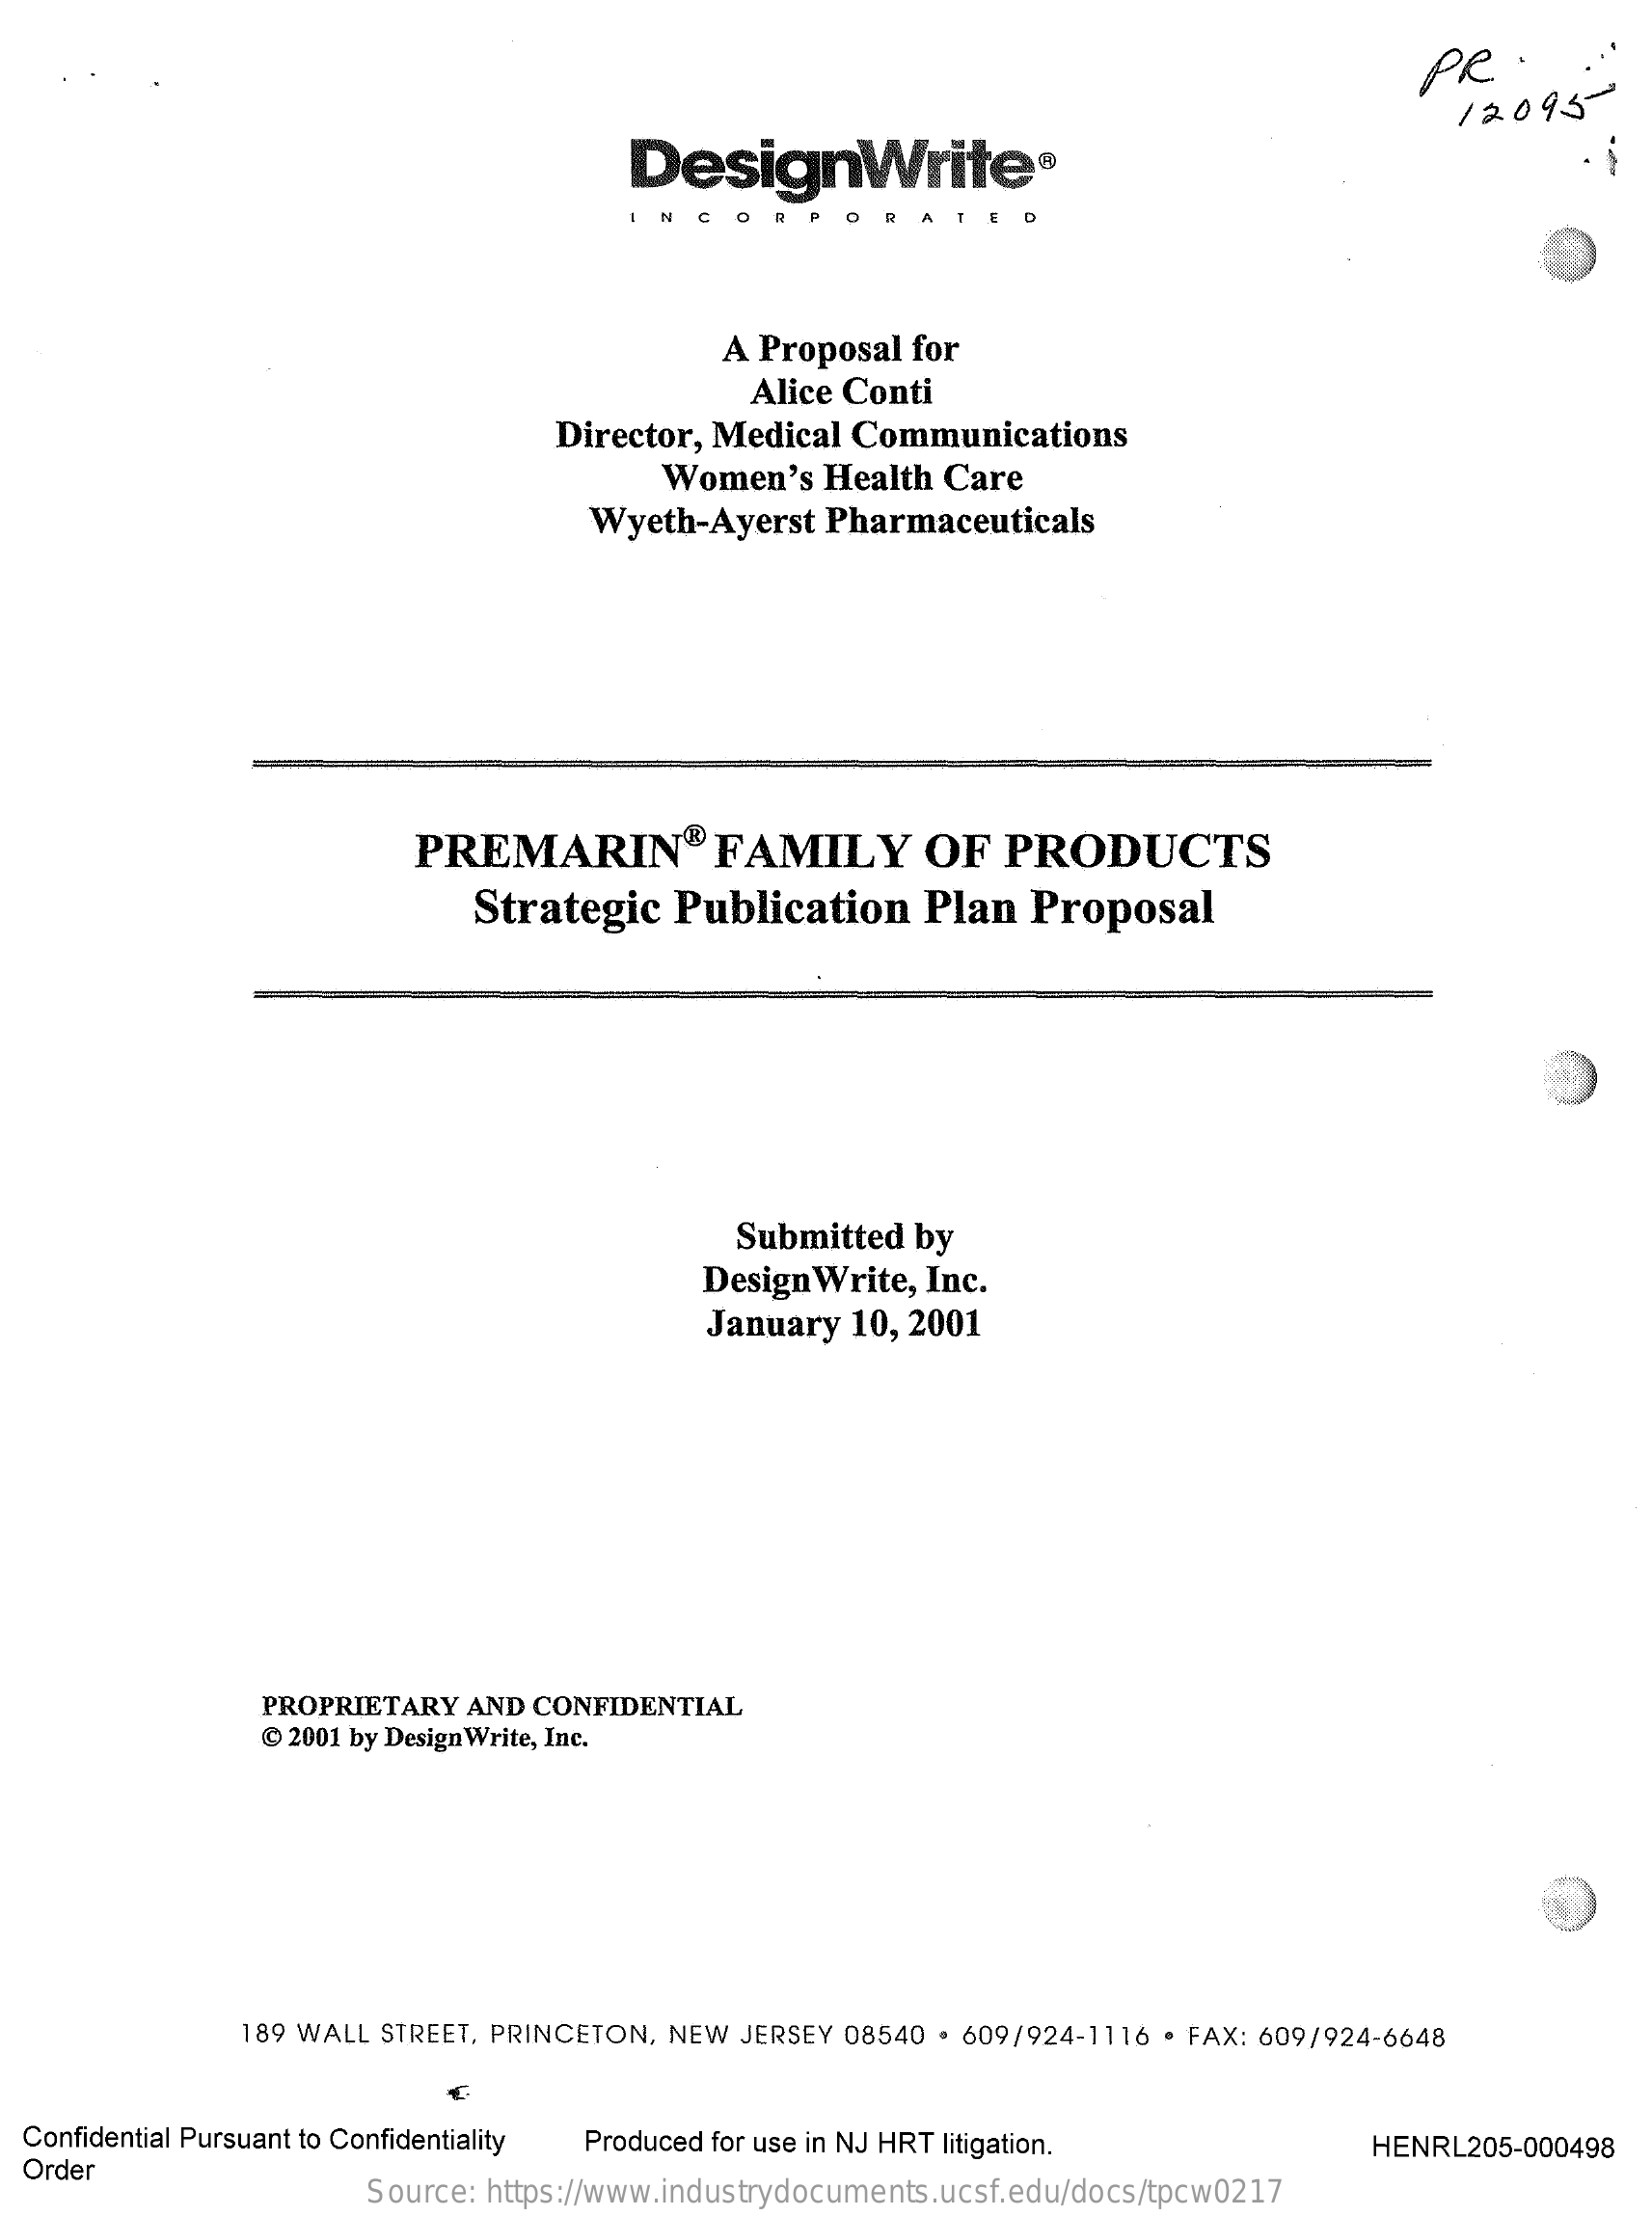
PR   .
     12095-
     DesignWrite®
     N CORP    OR   ATED
     A Proposal for
     Alice Conti
     Director, Medical Communications
     Women's  Health Care
     Wyeth-Ayerst Pharmaceuticals
     PREMARIN®    FAMILY    OF  PRODUCTS
     Strategic  Publication   Plan  Proposal
     Submitted by
     Design Write, Inc.
     January 10, 2001
     PROPRIETARY AND CONFIDENTIAL
     @ 2001 by Design Write, Inc.
     189 WALL STREET, PRINCETON, NEW JERSEY 08540 . 609/924-1116 · FAX: 609/924-6648
  Confidential Pursuant to Confidentiality
  Order
     Produced for use in NJ HRT litigation.    HENRL205-000498
     Source: https://www.industrydocuments.ucsf.edu/docs/tpcw0217